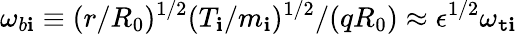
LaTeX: \omega_{b\mathbf{i}}\equiv(r/R_{0})^{1/2}(T_{\mathbf{i}}/m_{\mathbf{i}})^{1/2}/(qR_{0})\approx\epsilon^{1/2}\omega_{\mathtt{t}\mathbf{i}}